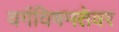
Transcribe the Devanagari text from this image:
वर्गविषमतेवर